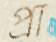
প্রা